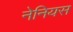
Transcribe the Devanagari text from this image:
नेनियस